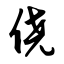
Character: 侥